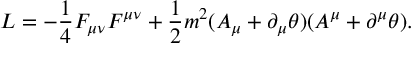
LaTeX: { \cal L } = - \frac { 1 } { 4 } F _ { \mu \nu } F ^ { \mu \nu } + \frac { 1 } { 2 } m ^ { 2 } ( A _ { \mu } + \partial _ { \mu } \theta ) ( A ^ { \mu } + \partial ^ { \mu } \theta ) .